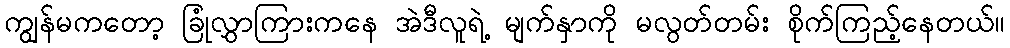
ကျွန်မကတော့ ခြုံလွှာကြားကနေ အဲဒီလူရဲ့ မျက်နှာကို မလွတ်တမ်း စိုက်ကြည့်နေတယ်။